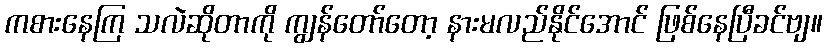
ကစားနေကြ သလဲဆိုတာကို ကျွန်တော်တော့ နားမလည်နိုင်အောင် ဖြစ်နေပြီခင်ဗျ။